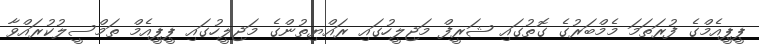
ޕީޕީއެމްގެ ފުރަތަމަ މެމްބަރުގެ ގޮތުގައި ޝަރީފް މަޖިލީހުގައި ރައްޔިތުންގެ މަޖިލީހުގައި ޕީޕީއެމް ތަމްސީލުކުރައްވާ